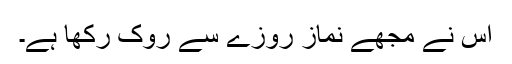
اس نے مجھے نماز روزے سے روک رکھا ہے۔